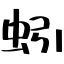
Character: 蚓